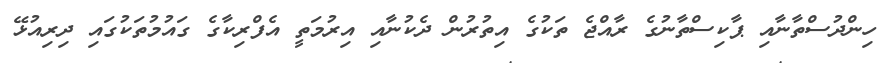
ހިންދުސްތާނާއި ޕާކިސްތާނުގެ ރާއްޖެ ތަކުގެ އިތުރުން ދެކުނާއި އިރުމަތީ އެފްރިކާގެ ގައުމުތަކުގައި ދިރިއުޅޭ